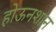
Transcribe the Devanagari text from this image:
होऊनशान